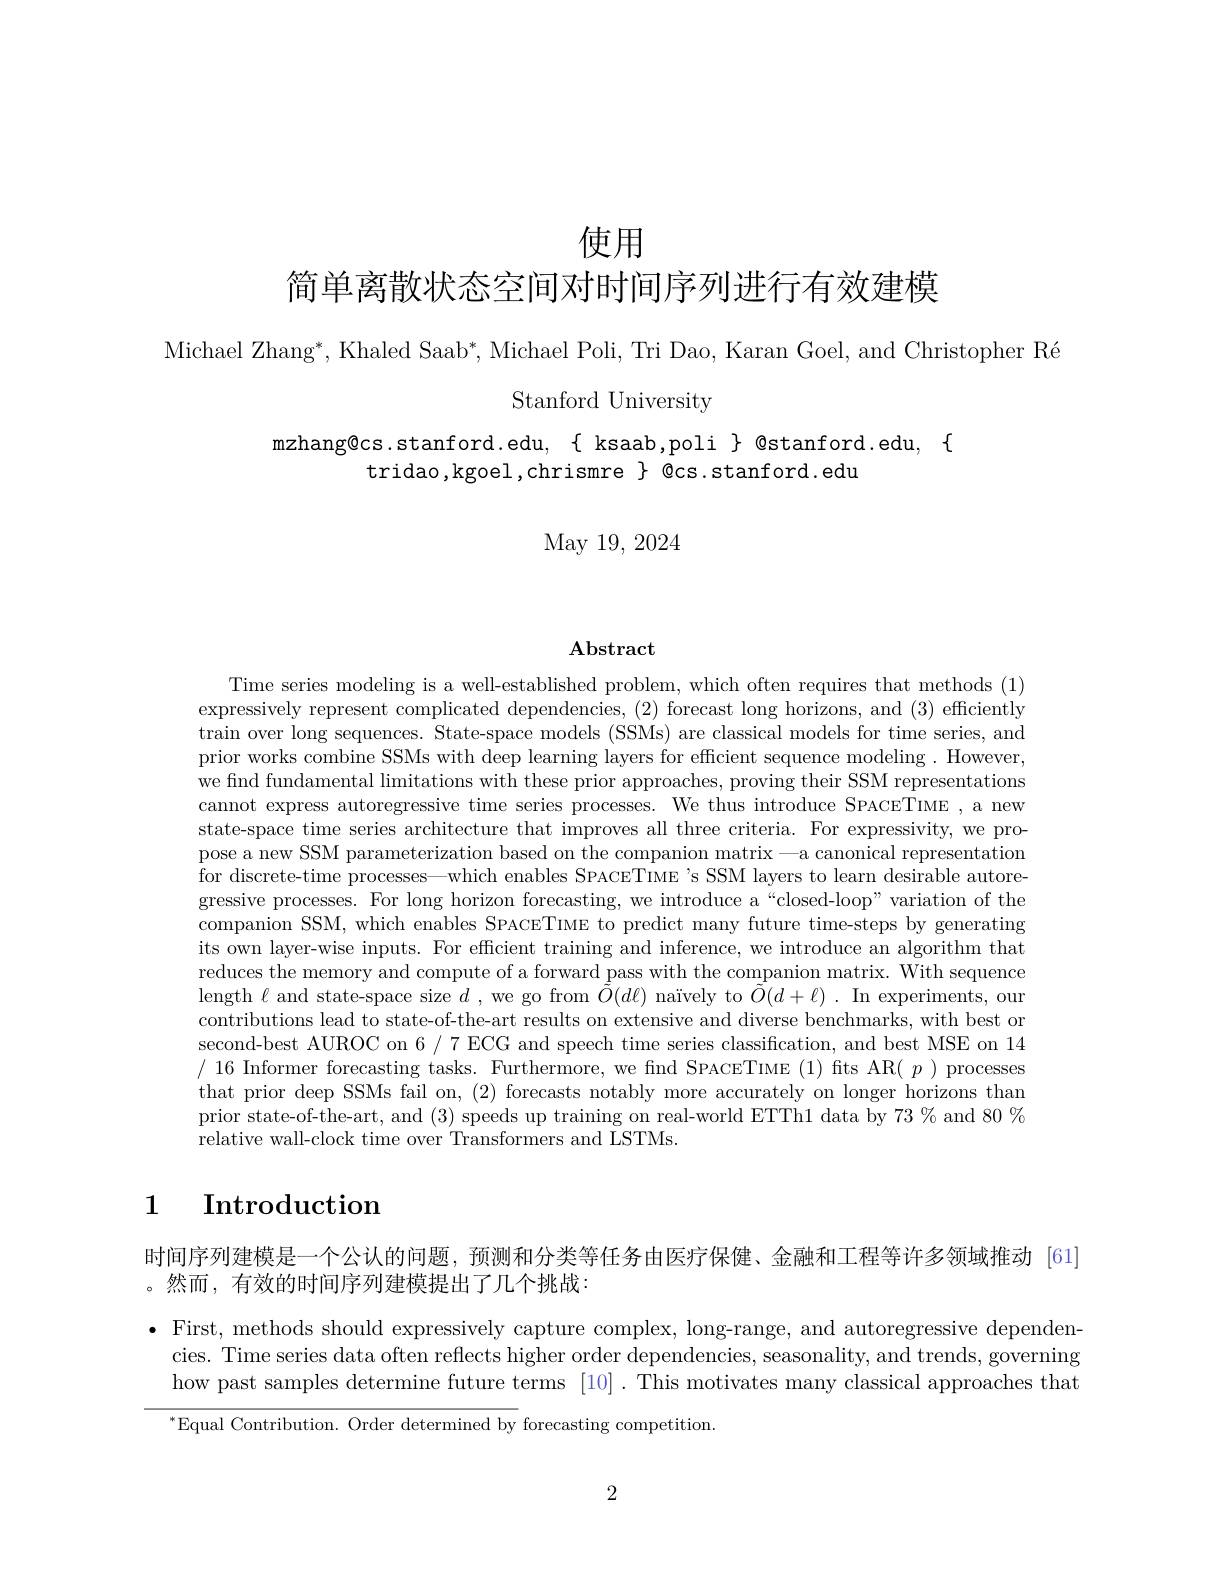
使用

简单离散状态空间对时间序列进行有效建模

Michael Zhang*, Khaled Saab*, Michael Poli, Tri Dao, Karan Goel, and Christopher Ré
Stanford University

mzhang@cs.stanford.edu, { ksaab,poli } @stanford.edu, {
tridao,kgoel,chrismre $\}$ @cs.stanford.edu

May 19, 2024

$\mathbf{Abstract}$

Time series modeling is a well-established problem, which often requires that methods (1) expressively represent complicated dependencies, (2) forecast long horizons, and (3) efficiently train over long sequences. State-space models (SSMs) are classical models for time series, and prior works combine SSMs with deep learning layers for efficient sequence modeling . However, we find fundamental limitations with these prior approaches, proving their SSM representations cannot express autoregressive time series processes. We thus introduce SPACETIME , a new state-space time series architecture that improves all three criteria. For expressivity, we propose a new SSM parameterization based on the companion matrix -a canonical representation for discrete-time processes—which enables SPACETIME 's SSM layers to learn desirable autoregressive processes. For long horizon forecasting, we introduce a “closed-loop" variation of the companion SSM, which enables SPACETIME to predict many future time-steps by generating its own layer-wise inputs. For efficient training and inference, we introduce an algorithm that reduces the memory and compute of a forward pass with the companion matrix. With sequence length $\ell$ and state-space size $d$ , we go from $\tilde{O}(d\ell)$ naïvely to $\tilde{O}(d+\ell)$ .In experiments, our contributions lead to state-of-the-art results on extensive and diverse benchmarks, with best or second-best AUROC on 6 / 7 ECG and speech time series classification, and best MSE on 14 /16 Informer forecasting tasks. Furthermore, we find SPACETIME (1) fits AR$(p)$ processes that prior deep SSMs fail on, (2) forecasts notably more accurately on longer horizons than prior state-of-the-art, and (3) speeds up training on real-world ETTh1 data by $73\%$ and 80% relative wall-clock time over Transformers and LSTMs.

# 1 $\textbf{Introduction}$

时间序列建模是一个公认的问题，预测和分类等任务由医疗保健、金融和工程等许多领域推动 [61]
。然而，有效的时间序列建模提出了几个挑战：

$\bullet$ First, methods should expressively capture complex, long-range, and autoregressive dependen-
cies. Time series data often reflects higher order dependencies, seasonality, and trends, governing how past samples determine future terms [10]. This motivates many classical approaches that $^{*}$Equal Contribution. Order determined by forecasting competition

2